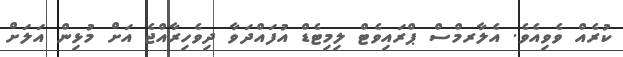
ކުރެއް ވެވިއެވެ. އެލާރމްސް ޕްރައިވެޓް ލިމިޓެޑް އުފައްދަވާ ދިވެހިރާއްޖެ އަށް މުޅިން އަލަށް